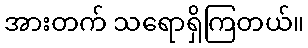
အားတက် သရောရှိကြတယ်။